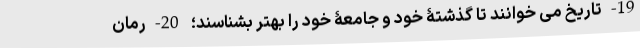
19-تاریخ می­ خوانند تا گذشتۀ خود و جامعۀ خود را بهتر بشناسند؛ 20-رُمان